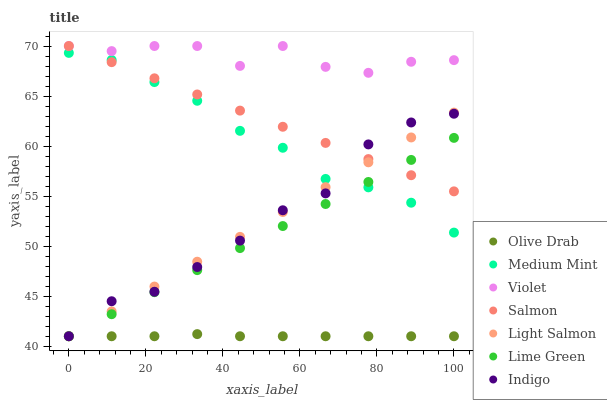
| xaxis_label | Olive Drab | Medium Mint | Violet | Salmon | Light Salmon | Lime Green | Indigo |
 | --- | --- | --- | --- | --- | --- | --- | --- |
 | 0 | 41 | 69.3 | 70 | 70 | 41 | 41 | 41 |
 | 11.1 | 41 | 68.6 | 69.5 | 68.4 | 43.5 | 43.2 | 44.5 |
 | 22.2 | 41 | 66.4 | 70 | 66.8 | 46 | 45.4 | 45.4 |
 | 33.3 | 41.2 | 64.5 | 70 | 65.2 | 48.4 | 47.6 | 47.9 |
 | 44.4 | 41 | 61.5 | 68 | 63.5 | 50.9 | 49.8 | 50.6 |
 | 55.6 | 41 | 59.8 | 70 | 61.9 | 53.4 | 52 | 53.6 |
 | 66.7 | 41 | 56.7 | 67.9 | 60.3 | 55.9 | 54.2 | 55.3 |
 | 77.8 | 41 | 55.9 | 67.3 | 58.7 | 58.4 | 56.4 | 60.2 |
 | 88.9 | 41 | 54.3 | 68.4 | 57.1 | 60.9 | 58.6 | 62.4 |
 | 100 | 41 | 51.4 | 68.6 | 55.5 | 63.3 | 60.8 | 63.2 |